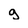
Character: g